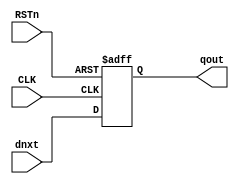
// This program was cloned from: https://github.com/whutddk/RiftCore
// License: Apache License 2.0

/*
* @File name: gen_dffr
* @Author: Ruige Lee
* @Email: wut.ruigeli@gmail.com
* @Date:   2020-09-14 10:25:09
* @Last Modified by:   Ruige Lee
* @Last Modified time: 2021-01-18 11:43:32
*/

/*
  Copyright (c) 2020 - 2021 Ruige Lee <wut.ruigeli@gmail.com>

   Licensed under the Apache License, Version 2.0 (the "License");
   you may not use this file except in compliance with the License.
   You may obtain a copy of the License at

       http://www.apache.org/licenses/LICENSE-2.0

   Unless required by applicable law or agreed to in writing, software
   distributed under the License is distributed on an "AS IS" BASIS,
   WITHOUT WARRANTIES OR CONDITIONS OF ANY KIND, either express or implied.
   See the License for the specific language governing permissions and
   limitations under the License.
*/

`timescale 1 ns / 1 ps

module gen_dffr # (
	parameter DW = 32,
	parameter rstValue = {DW{1'b0}}
)
(

	input [DW-1:0] dnxt,
	output [DW-1:0] qout,

	input CLK,
	input RSTn
);

reg [DW-1:0] qout_r;

always @(posedge CLK or negedge RSTn) begin
	if ( ~RSTn )
		qout_r <= #1 rstValue;
	else                  
		qout_r <= #1 dnxt;
end

assign qout = qout_r;

endmodule